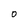
Character: O